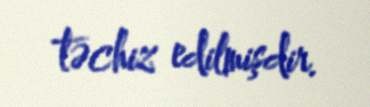
təchiz edilmişdir.